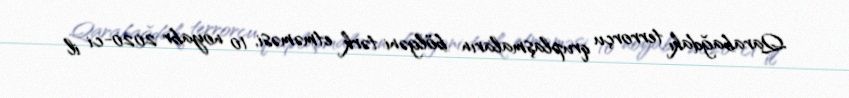
Qarabağdakı terrorçu qruplaşmaların bölgəni tərk etməməsi, 10 noyabr 2020-ci il